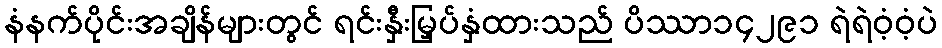
နံနက်ပိုင်းအချိန်များတွင် ရင်းနှီးမြှပ်နှံထားသည် ပိဿာ၁၄၂၉၁ ရဲရဲဝံ့ဝံ့ပဲ